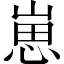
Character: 崽